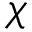
\chi